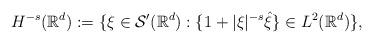
LaTeX: \begin{align*}H^{-s}(\mathbb{R}^d):=\{\xi\in \mathcal{S}'(\mathbb{R}^d):\{1+|\xi|^{-s}\hat{\xi}\}\in L^2(\mathbb{R}^d)\},\end{align*}